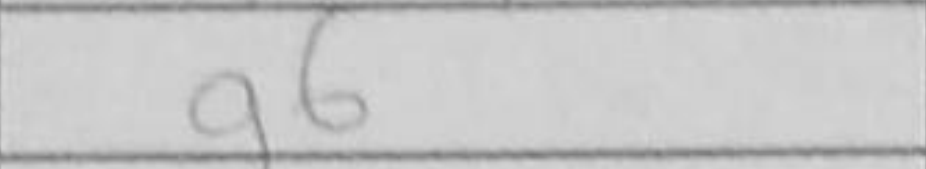
Transcription: g6